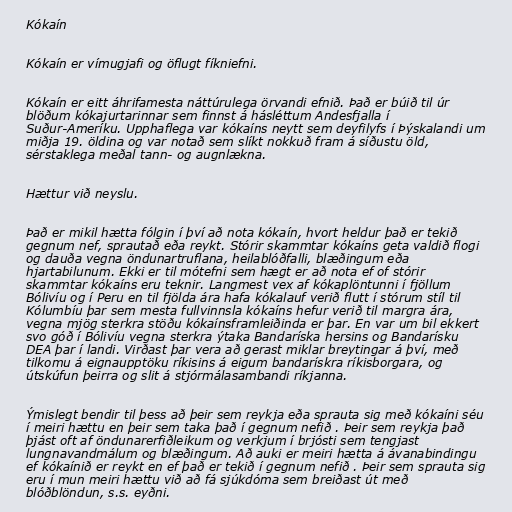
Kókaín

Kókaín er vímugjafi og öflugt fíkniefni.

Kókaín er eitt áhrifamesta náttúrulega örvandi efnið. Það er búið til úr
blöðum kókajurtarinnar sem finnst á hásléttum Andesfjalla í
Suður-Ameríku. Upphaflega var kókaíns neytt sem deyfilyfs í Þýskalandi um
miðja 19. öldina og var notað sem slíkt nokkuð fram á síðustu öld,
sérstaklega meðal tann- og augnlækna.

Hættur við neyslu.

Það er mikil hætta fólgin í því að nota kókaín, hvort heldur það er tekið
gegnum nef, sprautað eða reykt. Stórir skammtar kókaíns geta valdið flogi
og dauða vegna öndunartruflana, heilablóðfalli, blæðingum eða
hjartabilunum. Ekki er til mótefni sem hægt er að nota ef of stórir
skammtar kókaíns eru teknir. Langmest vex af kókaplöntunni í fjöllum
Bólivíu og í Peru en til fjölda ára hafa kókalauf verið flutt í stórum stíl til
Kólumbíu þar sem mesta fullvinnsla kókaíns hefur verið til margra ára,
vegna mjög sterkra stöðu kókaínsframleiðinda er þar. En var um bil ekkert
svo góð í Bólivíu vegna sterkra ýtaka Bandaríska hersins og Bandarísku
DEA þar í landi. Virðast þar vera að gerast miklar breytingar á því, með
tilkomu á eignaupptöku ríkisins á eigum bandarískra ríkisborgara, og
útskúfun þeirra og slit á stjórmálasambandi ríkjanna.

Ýmislegt bendir til þess að þeir sem reykja eða sprauta sig með kókaíni séu
í meiri hættu en þeir sem taka það í gegnum nefið . Þeir sem reykja það
þjást oft af öndunarerfiðleikum og verkjum í brjósti sem tengjast
lungnavandmálum og blæðingum. Að auki er meiri hætta á ávanabindingu
ef kókaínið er reykt en ef það er tekið í gegnum nefið . Þeir sem sprauta sig
eru í mun meiri hættu við að fá sjúkdóma sem breiðast út með
blóðblöndun, s.s. eyðni.